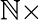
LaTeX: \mathbb{N}\times